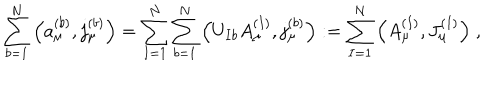
\sum _ { b = 1 } ^ { N } \Big ( a _ { \mu } ^ { ( b ) } , j _ { \mu } ^ { ( b ) } \Big ) = \sum _ { I = 1 } ^ { N } \sum _ { b = 1 } ^ { N } \Big ( U _ { I b } A _ { \mu } ^ { ( I ) } , j _ { \mu } ^ { ( b ) } \Big ) : = \sum _ { I = 1 } ^ { N } \Big ( A _ { \mu } ^ { ( I ) } , J _ { \mu } ^ { ( I ) } \Big ) \; ,